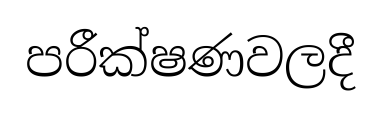
පරීක්ෂණවලදී